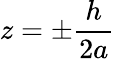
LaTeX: z=\pm\frac{h}{2a}